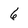
Character: 6